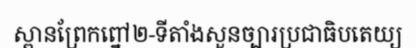
ស្ពានព្រែកព្នៅ២-ទីតាំងសួនច្បារប្រជាធិបតេយ្យ